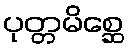
ပုတ္တမိစ္ဆေ